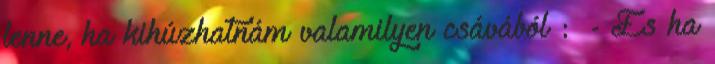
lenne, ha kihúzhatnám valamilyen csávából : - És ha